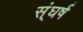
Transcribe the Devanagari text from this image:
स्ंघर्ष